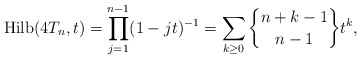
\begin{gather*}{\rm Hilb}(4T_{n},t)=\prod_{j=1}^{n-1}(1-jt)^{-1}=\sum_{k \ge 0} {n+k-1 \brace n-1} t^{k}, \end{gather*}